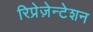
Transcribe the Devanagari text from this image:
रिप्रेज़ेन्टेशन